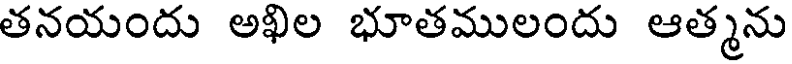
తనయందు అఖిల భూతములందు ఆత్మను